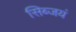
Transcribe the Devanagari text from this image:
सिब्जयं